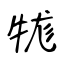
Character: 牻